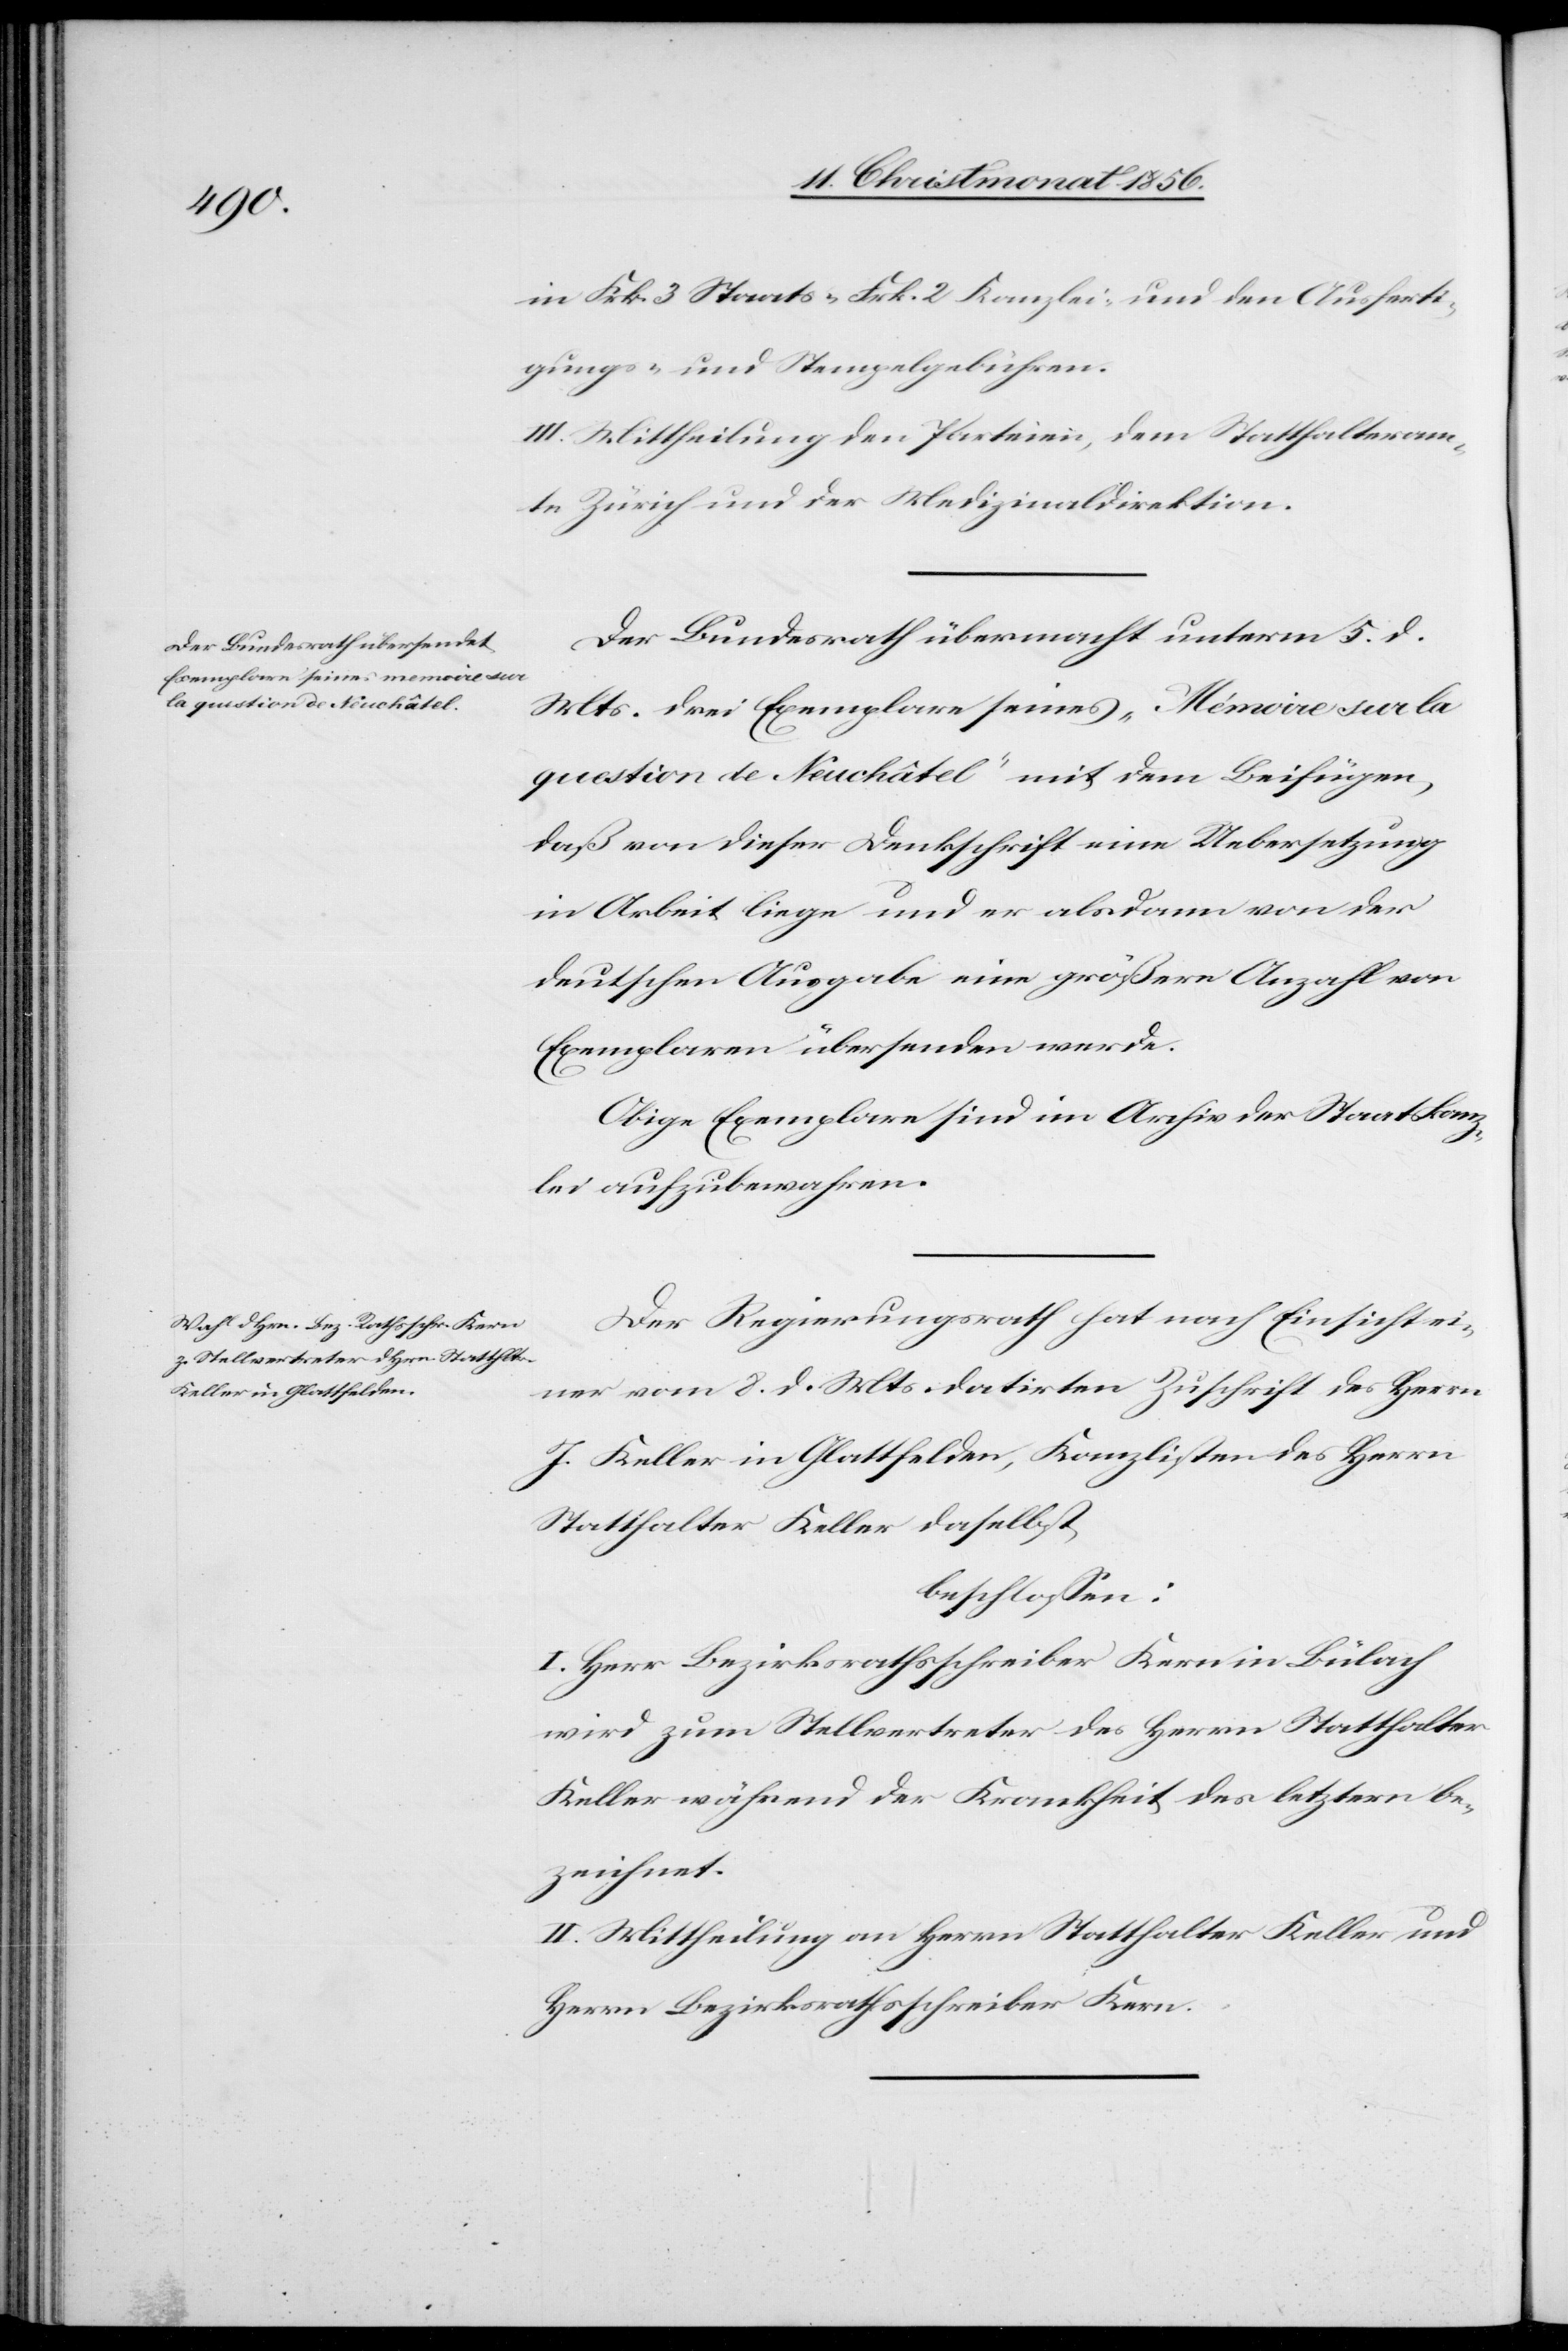
in Frk. 3 Staats-[,] Frk. 2 Kanzlei- und den Ausferti¬
gungs- und Stempelgebühren.
III. Mittheilung den Parteien, dem Statthalteram¬
te Zürich und der Medizinaldirektion.
Der Bundesrath übermacht unterm 5. d.
Mts. drei Exemplare seines „Mémoire sur la
question de Neuchâtel“ mit dem Beifügen,
daß von dieser Denkschrift eine Uebersetzung
in Arbeit liege und er alsdann von der
deutschen Ausgabe eine größere Anzahl von
Exemplaren übersenden werde.
Obige Exemplare sind im Archiv der Staatskanz¬
lei aufzubewahren.
Der Regierungsrath hat nach Einsicht ei¬
ner vom 8. d. Mts. datirten Zuschrift des Herrn
J. Keller in Glattfelden, Kanzlisten des Herrn
Statthalter Keller daselbst,
beschlossen:
I. Herr Bezirksrathsschreiber Kern in Bülach
wird zum Stellvertreter des Herrn Statthalter
Keller während der Krankheit des letztern be¬
zeichnet.
II. Mittheilung an Herrn Statthalter Keller und
Herrn Bezirksrathsschreiber Kern.